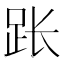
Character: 𫏃